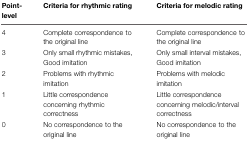
| Point-level | Criteria for rhythmic rating | Criteria for melodic rating |
 | --- | --- | --- |
 | 4 | Complete correspondence to the original line | Complete correspondence to the original line |
 | 3 | Only small rhythmic mistakes, Good imitation | Only small interval mistakes, Good imitation |
 | 2 | Problems with rhythmic imitation | Problems with melodic imitation |
 | 1 | Little correspondence concerning rhythmic correctness | Little correspondence concerning melodic/interval correctness |
 | 0 | No correspondence to the original line | No correspondence to the original line |